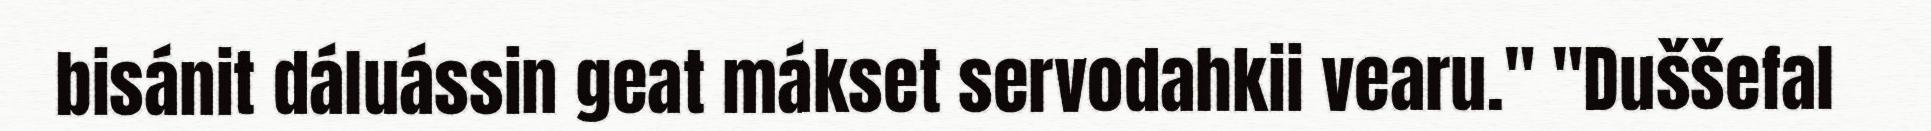
bisánit dáluássin geat mákset servodahkii vearu." "Duššefal